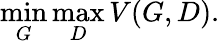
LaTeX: \operatorname*{min}_{G}\operatorname*{max}_{D}V(G,D).